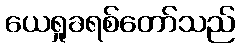
ယေရှုခရစ်တော်သည်